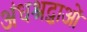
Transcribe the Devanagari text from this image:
अंधश्रद्धाओं